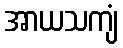
အာယသကျံ